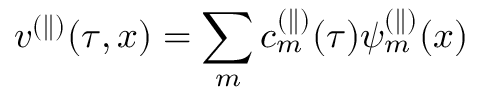
v ^ { ( \parallel ) } ( \tau , x ) = \sum _ { m } c _ { m } ^ { ( \parallel ) } ( \tau ) \psi _ { m } ^ { ( \parallel ) } ( x )